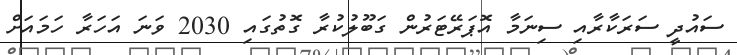
ސައުދީ ސަރަކާރާއި ސިނަމާ އޮޕަރޭޓަރުން ގަބޫލުކުރާ ގޮތުގައި 2030 ވަނަ އަހަރާ ހަމައަށް